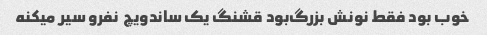
خوب بود فقط نونش بزرگ‌بود قشنگ یک ساندویچ  نفرو سیر میکنه